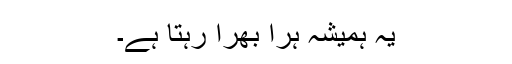
یہ ہمیشہ ہرا بھرا رہتا ہے۔